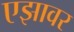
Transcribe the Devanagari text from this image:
एझावर